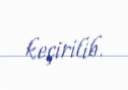
keçirilib.